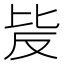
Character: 𣬆